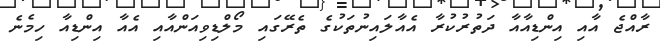
ރާއްޖެ އާއި އިންޑިއާއާ ދަތުރުކުރާ އެއާލައިނުތަކުގެ ތެރޭގައި މޯލްޑިވިއަންއާއި އެއާ އިންޑިއާ ހިމެނެ